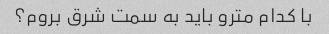
با کدام مترو باید به سمت شرق بروم؟